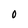
Character: 0